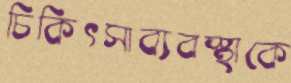
চিকিৎসাব্যবস্থাকে